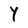
Character: Y